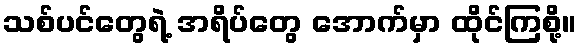
သစ်ပင်တွေရဲ့ အရိပ်တွေ အောက်မှာ ထိုင်ကြစို့။